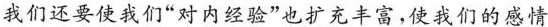
我们还要使我们”对内经验”也扩充丰富，使我们的感情